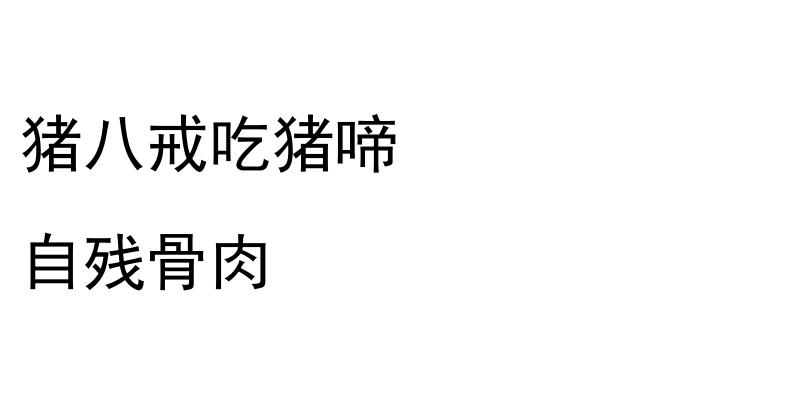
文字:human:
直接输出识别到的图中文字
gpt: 猪八戒吃猪啼 自残骨肉